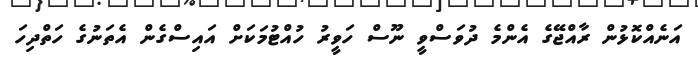
އަނެއްކޮޅުން ރާއްޖޭގެ އެންމެ ދުވަސްވީ ނޫސް ހަވީރު ހުއްޓުމަކަށް އައިސްގެން އެތަނުގެ ހަތްދިހަ